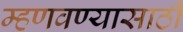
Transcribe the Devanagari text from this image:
म्हणवण्यासाठी